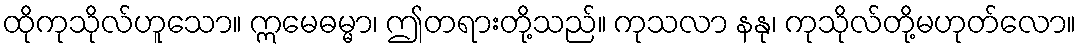
ထိုကုသိုလ်ဟူသော။ ဣမေဓမ္မာ၊ ဤတရားတို့သည်။ ကုသလာ နနု၊ ကုသိုလ်တို့မဟုတ်လော။